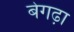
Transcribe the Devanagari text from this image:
बेगढ़ा